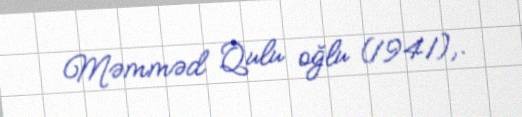
Məmməd Qulu oğlu (1941),.